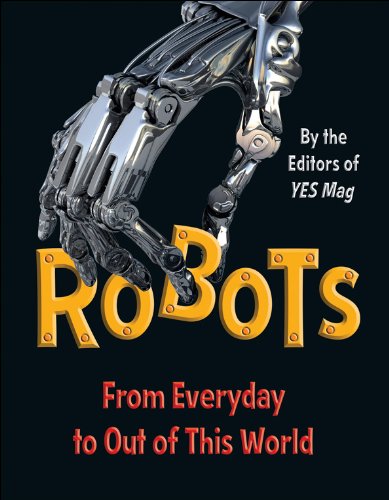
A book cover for Robots: From Everyday to Out of This World; Editors of YES Mag; Children's Books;